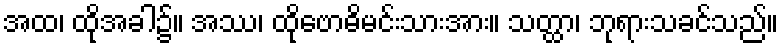
အထ၊ ထိုအခါ၌။ အဿ၊ ထိုဗောဓိမင်းသားအား။ သတ္ထာ၊ ဘုရားသခင်သည်။